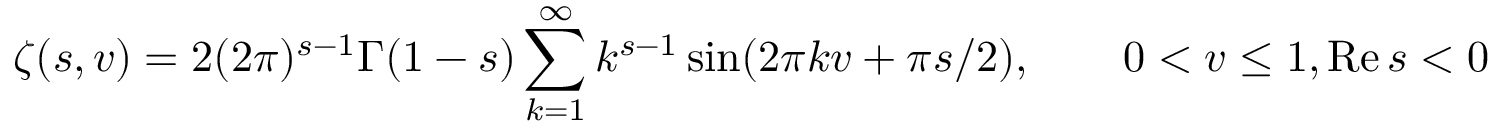
\zeta ( s , v ) = 2 ( 2 \pi ) ^ { s - 1 } \Gamma ( 1 - s ) \sum _ { k = 1 } ^ { \infty } k ^ { s - 1 } \sin ( 2 \pi k v + \pi s / 2 ) , \qquad 0 < v \leq 1 , \mathrm { R e } \, s < 0